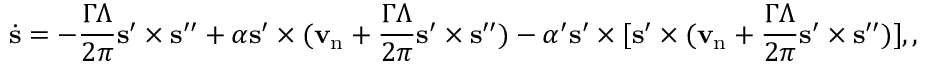
\dot { { \bf s } } = - \frac { \Gamma \Lambda } { 2 \pi } { \bf s } ^ { \prime } \times { \bf s } ^ { \prime \prime } + \alpha { \bf s ^ { \prime } } \times ( { \bf v } _ { \mathrm { n } } + \frac { \Gamma \Lambda } { 2 \pi } { \bf s } ^ { \prime } \times { \bf s } ^ { \prime \prime } ) - \alpha ^ { \prime } { \bf s ^ { \prime } } \times [ { \bf s } ^ { \prime } \times ( { \bf v } _ { \mathrm { n } } + \frac { \Gamma \Lambda } { 2 \pi } { \bf s } ^ { \prime } \times { \bf s } ^ { \prime \prime } ) ] , ,